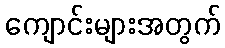
ကျောင်းများအတွက်